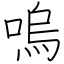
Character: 嗚